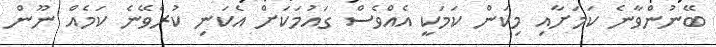
ބޭނުންވާނެ ކަމަށާއި މިކަން ކަމަކީ އެއްވެސް ގައުމަކަށް އެކަނި ކުރެވޭނެ ކަމެއް ނޫން